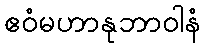
ဧဝံမဟာနုဘာဝါနံ